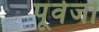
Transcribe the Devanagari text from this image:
पूर्वर्जों